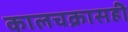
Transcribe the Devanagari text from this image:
कालचक्रासही